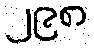
၂၉၈